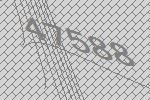
47588